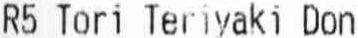
R5 TORI TERIYAKI DON